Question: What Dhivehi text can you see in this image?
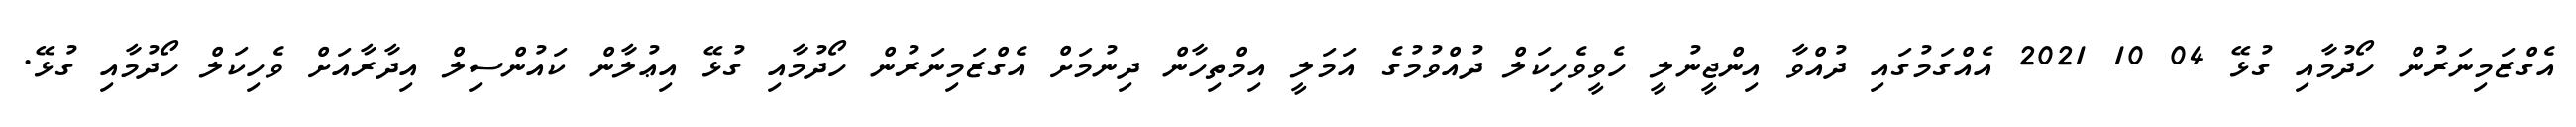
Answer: އެގްޒަމިނަރުން ހޯދުމާއި ގުޅޭ 04 10 2021 އެއްގަމުގައި ދުއްވާ އިންޖީނުލީ ހެވީވެހިކަލް ދުއްވުމުގެ އަމަލީ އިމްތިހާން ދިނުމަށް އެގްޒަމިނަރުން ހޯދުމާއި ގުޅޭ އިޢުލާން ކައުންސިލް އިދާރާއަށް ވެހިކަލް ހޯދުމާއި ގުޅޭ.